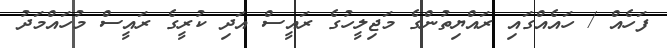
ފަހެއް / ހައެއްގައި ރައްޔިތުންގެ މަޖިލީހުގެ ރައީސް އަދި ކުރީގެ ރައީސް މުހައްމަދު